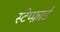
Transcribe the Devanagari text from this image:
स्टेप्फ़ार्ड